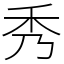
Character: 秀